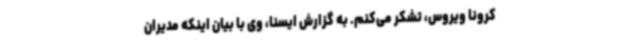
کرونا ویروس، تشکر می‌کنم. به گزارش ایسنا، وی با بیان اینکه مدیران